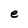
Character: e